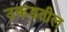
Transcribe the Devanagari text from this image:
उकडतील